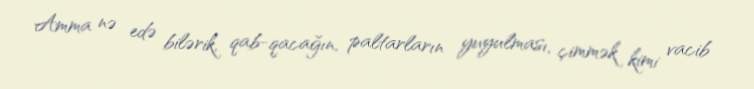
Amma nə edə bilərik, qab-qacağın, paltarların yuyulması, çimmək kimi vacib